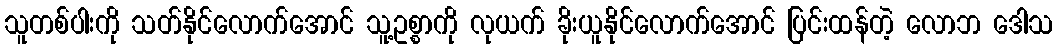
သူတစ်ပါးကို သတ်နိုင်လောက်အောင် သူ့ဥစ္စာကို လုယက် ခိုးယူနိုင်လောက်အောင် ပြင်းထန်တဲ့ လောဘ ဒေါသ